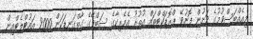
މިއެއްބަސްވުމުގެ ދަށުން ފޮނުވޭ ޕްރޮޑަކްޓްތައް އުތުރު އެމެރިކާގެ ސަބްވޭގެ ގާތްގަނޑަކަން 2000 އައުޓްލެޓްއިން